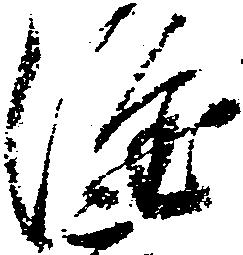
隆